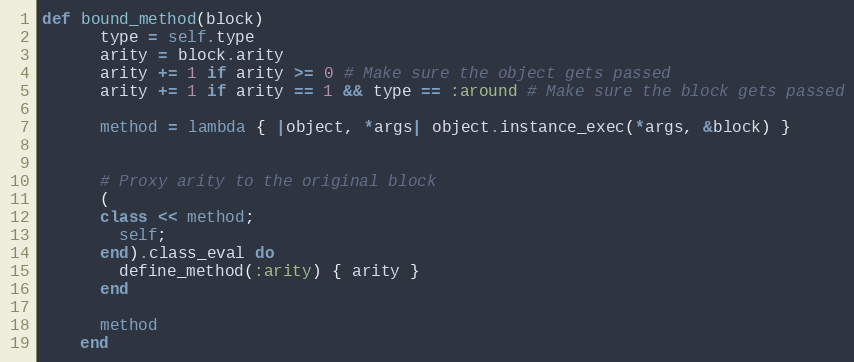
Language: Ruby
def bound_method(block)
      type = self.type
      arity = block.arity
      arity += 1 if arity >= 0 # Make sure the object gets passed
      arity += 1 if arity == 1 && type == :around # Make sure the block gets passed

      method = lambda { |object, *args| object.instance_exec(*args, &block) }

      # Proxy arity to the original block
      (
      class << method;
        self;
      end).class_eval do
        define_method(:arity) { arity }
      end

      method
    end